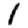
Digit: 1